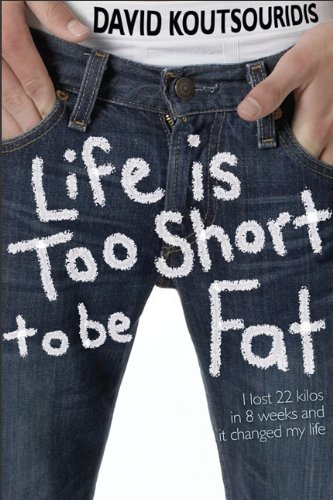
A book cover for Life is Too Short to be Fat; David Koutsouridis; Teen & Young Adult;